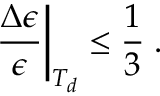
\left. \frac { \Delta \epsilon } { \epsilon } \right| _ { T _ { d } } \leq \frac { 1 } { 3 } \; .